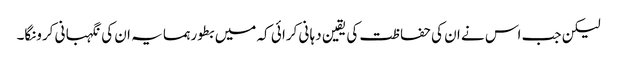
لیکن جب اس نے ان کی حفا ظت کی یقین دہا نی کرا ئی کہ میں بطور ہمسا یہ ان کی نگہبا نی کرونگا۔